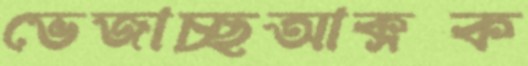
ভেজাচ্ছআক্সক